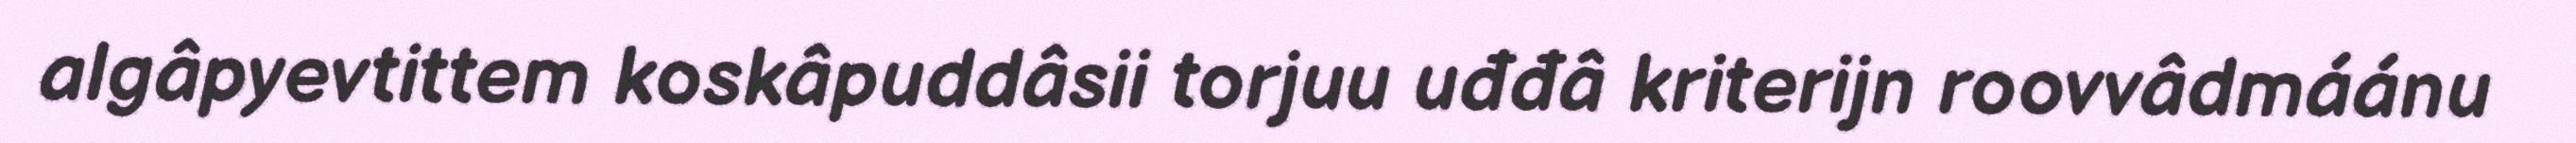
algâpyevtittem koskâpuddâsii torjuu uđđâ kriterijn roovvâdmáánu